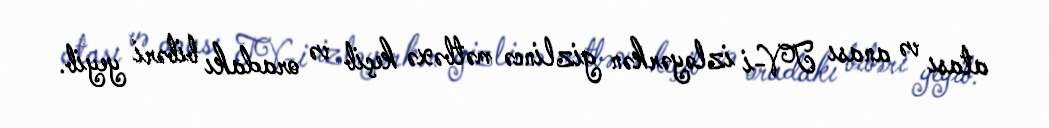
atası və anası TV-i izləyərkən gizlincə mətbəxə keçib və oradakı bibəri yeyib.